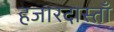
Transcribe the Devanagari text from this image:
हजारदास्ताँ